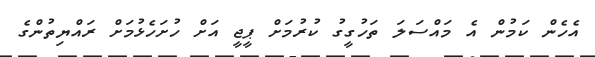
އެހެން ކަމުން އެ މައްސަލަ ތަހުގީގު ކުރުމަށް ޕީޖީ އަށް ހުށަހެޅުމަށް ރައްޔިތުންގެ